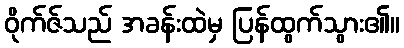
ဝိုက်ဇ်သည် အခန်းထဲမှ ပြန်ထွက်သွား၏။